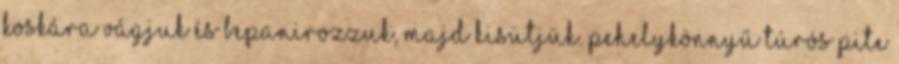
koskára vágjuk és bepanirozzuk, majd kisütjük. Pehelykönnyű túrós pite